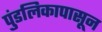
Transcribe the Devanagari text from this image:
पुंडलिकापासून